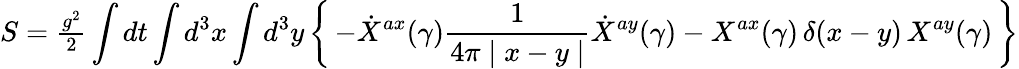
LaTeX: S={\textstyle{\frac{g^{2}}{2}}}\int dt\int d^{3}{x}\int d^{3}{y}\left\{ \, -\dot{X}^{ax}(\gamma)\frac{1}{4\pi\mid x-y\mid}\dot{X}^{ay}(\gamma)-X^{ax}(\gamma)\, \delta(x-y)\, X^{ay}(\gamma)\, \right\}